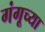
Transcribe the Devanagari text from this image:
गंगूच्या